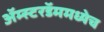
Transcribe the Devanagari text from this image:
अॅम्स्टरडॅममध्येच